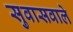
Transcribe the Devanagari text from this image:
सुवासवाले